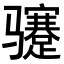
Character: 𬴏